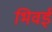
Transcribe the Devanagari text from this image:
भिवई